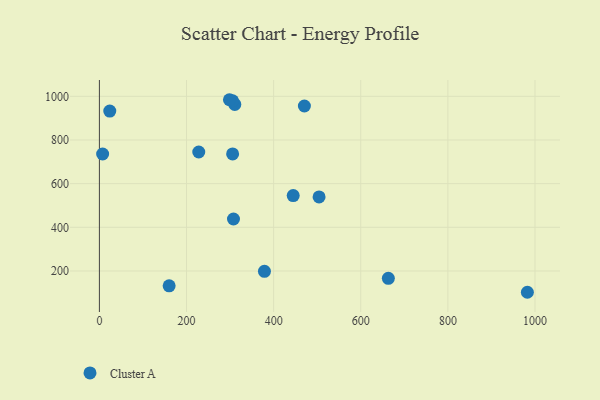
{"axis": {"x": "Study Hours", "y": "Demand"}, "legend": ["Cluster A"], "data": [{"x": "470.6", "y": 955.7, "type": "Cluster A"}, {"x": "378.9", "y": 198.5, "type": "Cluster A"}, {"x": "310.8", "y": 963.0, "type": "Cluster A"}, {"x": "7.4", "y": 735.8, "type": "Cluster A"}, {"x": "305.7", "y": 979.8, "type": "Cluster A"}, {"x": "504.3", "y": 539.4, "type": "Cluster A"}, {"x": "663.3", "y": 166.3, "type": "Cluster A"}, {"x": "982.5", "y": 102.4, "type": "Cluster A"}, {"x": "298.5", "y": 984.5, "type": "Cluster A"}, {"x": "23.8", "y": 932.6, "type": "Cluster A"}, {"x": "305.8", "y": 736.4, "type": "Cluster A"}, {"x": "160.1", "y": 132.0, "type": "Cluster A"}, {"x": "228.1", "y": 745.0, "type": "Cluster A"}, {"x": "307.8", "y": 438.0, "type": "Cluster A"}, {"x": "444.9", "y": 545.3, "type": "Cluster A"}]}